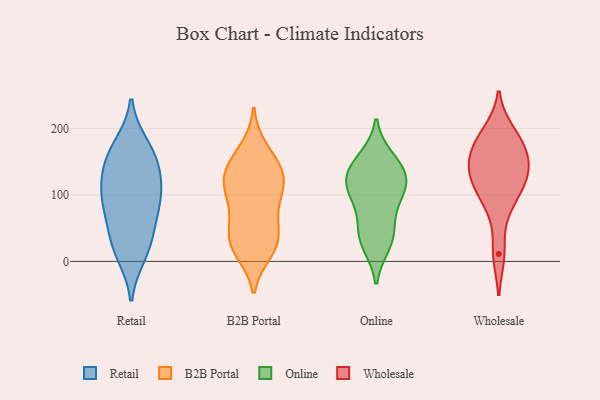
{"axis": {"x": "Bounce Rate (%)", "y": "Value"}, "legend": ["B2B Portal", "Online", "Retail", "Wholesale"], "data": [{"x": "", "y": 10, "type": "Retail"}, {"x": "", "y": 94, "type": "Retail"}, {"x": "", "y": 84, "type": "Retail"}, {"x": "", "y": 134, "type": "Retail"}, {"x": "", "y": 89, "type": "Retail"}, {"x": "", "y": 167, "type": "Retail"}, {"x": "", "y": 129, "type": "Retail"}, {"x": "", "y": 128, "type": "Retail"}, {"x": "", "y": 175, "type": "Retail"}, {"x": "", "y": 40, "type": "Retail"}, {"x": "", "y": 160, "type": "Retail"}, {"x": "", "y": 87, "type": "Retail"}, {"x": "", "y": 15, "type": "Retail"}, {"x": "", "y": 42, "type": "Retail"}, {"x": "", "y": 59, "type": "B2B Portal"}, {"x": "", "y": 74, "type": "B2B Portal"}, {"x": "", "y": 141, "type": "B2B Portal"}, {"x": "", "y": 156, "type": "B2B Portal"}, {"x": "", "y": 32, "type": "B2B Portal"}, {"x": "", "y": 90, "type": "B2B Portal"}, {"x": "", "y": 168, "type": "B2B Portal"}, {"x": "", "y": 128, "type": "B2B Portal"}, {"x": "", "y": 24, "type": "B2B Portal"}, {"x": "", "y": 120, "type": "B2B Portal"}, {"x": "", "y": 121, "type": "B2B Portal"}, {"x": "", "y": 37, "type": "B2B Portal"}, {"x": "", "y": 22, "type": "B2B Portal"}, {"x": "", "y": 126, "type": "B2B Portal"}, {"x": "", "y": 105, "type": "B2B Portal"}, {"x": "", "y": 16, "type": "B2B Portal"}, {"x": "", "y": 110, "type": "Online"}, {"x": "", "y": 42, "type": "Online"}, {"x": "", "y": 27, "type": "Online"}, {"x": "", "y": 42, "type": "Online"}, {"x": "", "y": 95, "type": "Online"}, {"x": "", "y": 134, "type": "Online"}, {"x": "", "y": 99, "type": "Online"}, {"x": "", "y": 126, "type": "Online"}, {"x": "", "y": 140, "type": "Online"}, {"x": "", "y": 153, "type": "Online"}, {"x": "", "y": 146, "type": "Wholesale"}, {"x": "", "y": 112, "type": "Wholesale"}, {"x": "", "y": 112, "type": "Wholesale"}, {"x": "", "y": 81, "type": "Wholesale"}, {"x": "", "y": 174, "type": "Wholesale"}, {"x": "", "y": 178, "type": "Wholesale"}, {"x": "", "y": 142, "type": "Wholesale"}, {"x": "", "y": 139, "type": "Wholesale"}, {"x": "", "y": 11, "type": "Wholesale"}, {"x": "", "y": 194, "type": "Wholesale"}]}